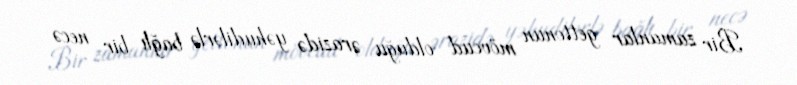
Bir zamanlar gettonun mövcud olduğu ərazidə yəhudilərlə bağlı bir necə